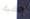
هضبة